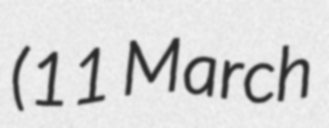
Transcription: (11 March